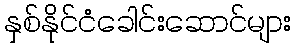
နှစ်နိုင်ငံခေါင်းဆောင်များ